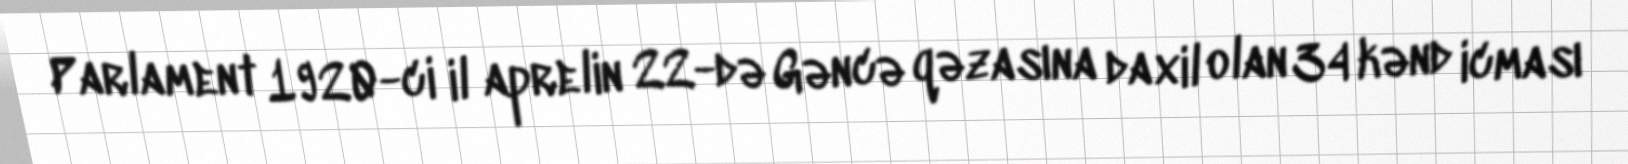
Parlament 1920-ci il aprelin 22-də Gəncə qəzasına daxil olan 34 kənd icması